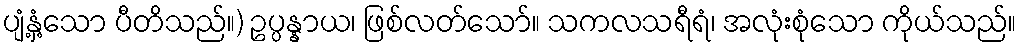
ပျံ့နှံ့သော ပီတိသည်။) ဥပ္ပန္နာယ၊ ဖြစ်လတ်သော်။ သကလသရီရံ၊ အလုံးစုံသော ကိုယ်သည်။